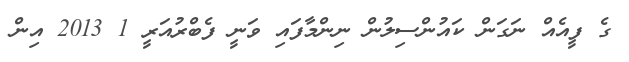
ގެ ފީއެއް ނަގަން ކައުންސިލުން ނިންމާފައި ވަނީ ފެބްރުއަަރީ 1 2013 އިން